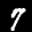
Label: 7